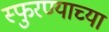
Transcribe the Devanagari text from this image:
स्फुरण्याच्या